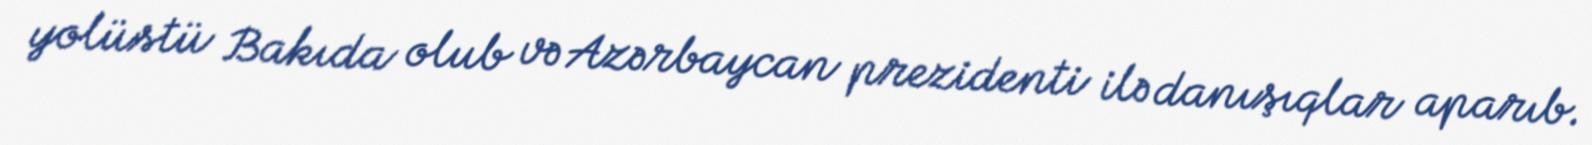
yolüstü Bakıda olub və Azərbaycan prezidenti ilə danışıqlar aparıb.